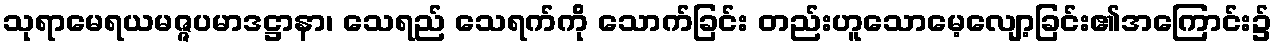
သုရာမေရယမဇ္ဇပမာဒဋ္ဌာနာ၊ သေရည် သေရက်ကို သောက်ခြင်း တည်းဟူသောမေ့လျော့ခြင်း၏အကြောင်း၌